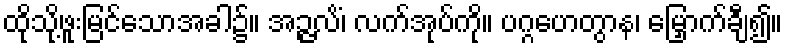
ထိုသို့ဖူးမြင်သောအခါ၌။ အဉ္ဇလိံ၊ လက်အုပ်ကို။ ပဂ္ဂဟေတွာန၊ မြှောက်ချီ၍။